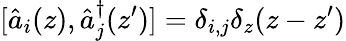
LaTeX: [\hat{a}_{i}(z),\hat{a}_{j}^{\dagger}(z^{\prime})]=\delta_{i,j}\delta_{z}(z-z^{\prime})